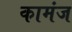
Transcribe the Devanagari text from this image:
कामंज